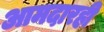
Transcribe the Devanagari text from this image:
आमदारही